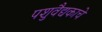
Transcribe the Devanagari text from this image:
पशुवैद्यकाचे